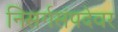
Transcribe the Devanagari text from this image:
निसर्गसंपदेवर